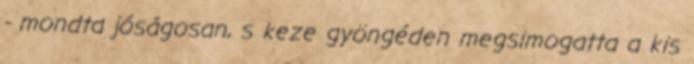
- mondta jóságosan, s keze gyöngéden megsimogatta a kis